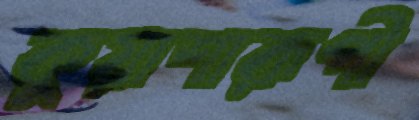
কুয়াশারূপী